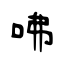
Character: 咈